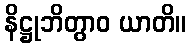
နိဋ္ဌုဘိတွာဝ ယာတိ။